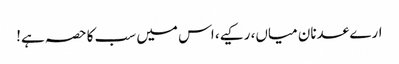
ارے عدنان میاں، رکیے، اس میں سب کا حصہ ہے!